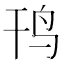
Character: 𱉊